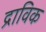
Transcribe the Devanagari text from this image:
द्राविक